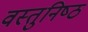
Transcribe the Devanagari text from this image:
वस्‍तुनिष्‍ठ